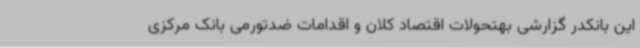
این بانکدر گزارشی بهتحولات اقتصاد کلان و اقدامات ضدتورمی بانک مرکزی